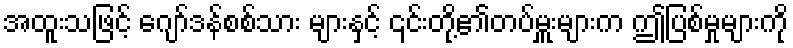
အထူးသဖြင့် ဂျော်ဒန်စစ်သား များနှင့် ၎င်းတို့၏တပ်မှူးများက ဤပြစ်မှုများကို